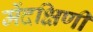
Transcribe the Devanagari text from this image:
मेंदक्षिणी